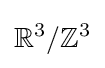
\mathbb {R} ^{3}/\mathbb {Z} ^{3}